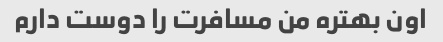
اون بهتره من مسافرت را دوست دارم